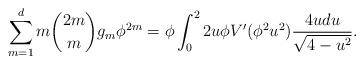
LaTeX: \begin{align*} \sum_{m=1}^d m {2m \choose m} g_m \phi^{2m} = \phi \int_{0}^2 2 u \phi V'( \phi^2 u^2) \frac{ 4 u du }{\sqrt{ 4- u^2}}. \end{align*}